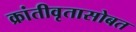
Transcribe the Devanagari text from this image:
क्रांतीवृतासोबत